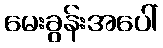
မေးခွန်းအပေါ်